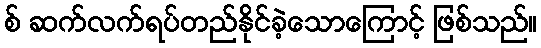
စ် ဆက်လက်ရပ်တည်နိုင်ခဲ့သောကြောင့် ဖြစ်သည်။